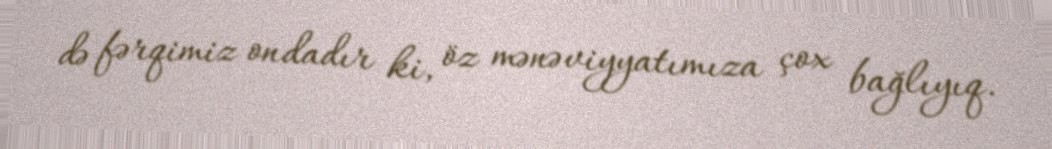
də fərqimiz ondadır ki, öz mənəviyyatımıza çox bağlıyıq.